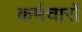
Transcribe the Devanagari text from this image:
कर्मचारों